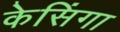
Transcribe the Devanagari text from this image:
केसिंगा